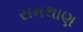
સમથાણ